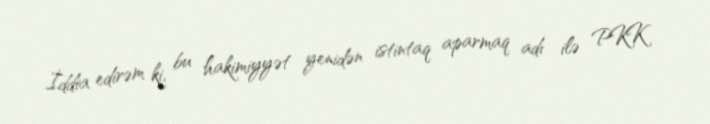
İddia edirəm ki, bu hakimiyyət yenidən istintaq aparmaq adı ilə PKK